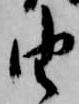
由